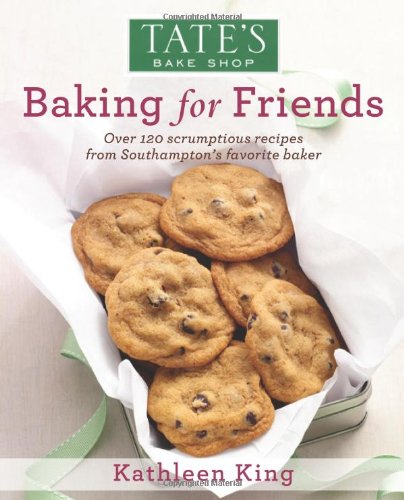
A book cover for Tate's Bake Shop: Baking For Friends; Kathleen King; Cookbooks, Food & Wine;